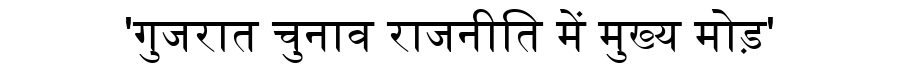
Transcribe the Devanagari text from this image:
'गुजरात चुनाव राजनीति में मुख्य मोड़'